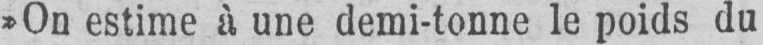
»On estime à une demi-tonne le poids du